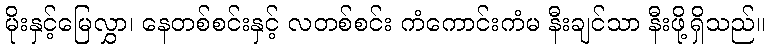
မိုးနှင့်မြေလွှာ၊ နေတစ်စင်းနှင့် လတစ်စင်း ကံကောင်းကံမ နီးချင်သာ နီးဖို့ရှိသည်။